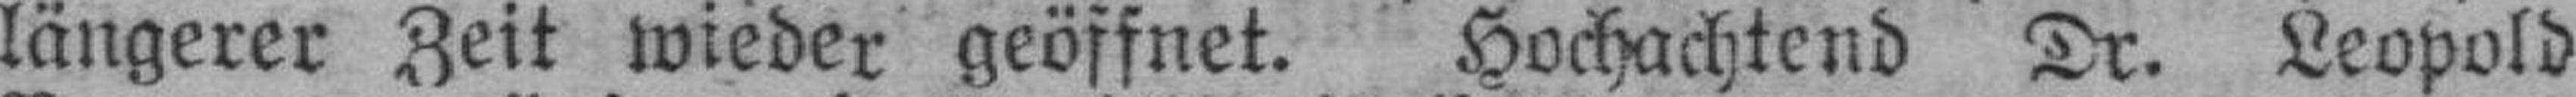
längerer Zeit wieder geöffnet. Hochachtend Dr. Leopold